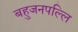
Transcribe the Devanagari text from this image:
बहुजनपल्लि